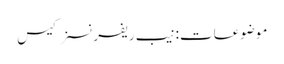
موضوعات:نیب ریفرنسز کیس